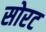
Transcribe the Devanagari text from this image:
सोरट